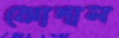
কোদাল